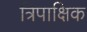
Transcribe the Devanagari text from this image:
त्रिपाक्षिक